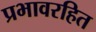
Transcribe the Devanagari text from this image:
प्रभावरहित